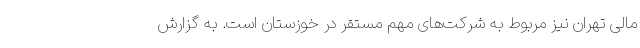
مالی تهران نیز مربوط به شرکت‌های مهم مستقر در خوزستان است. به گزارش